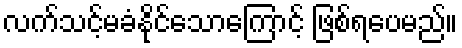
လက်သင့်မခံနိုင်သောကြောင့် ဖြစ်ရပေမည်။